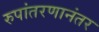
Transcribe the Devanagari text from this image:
रुपांतरणानंतर